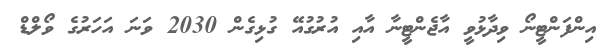
އިންފަންޓީނޯ ވިދާޅުވީ އާޖެންޓީނާ އާއި އުރުގުއޭ ގުޅިގެން 2030 ވަނަ އަހަރުގެ ވޯލްޑް